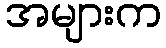
အများက